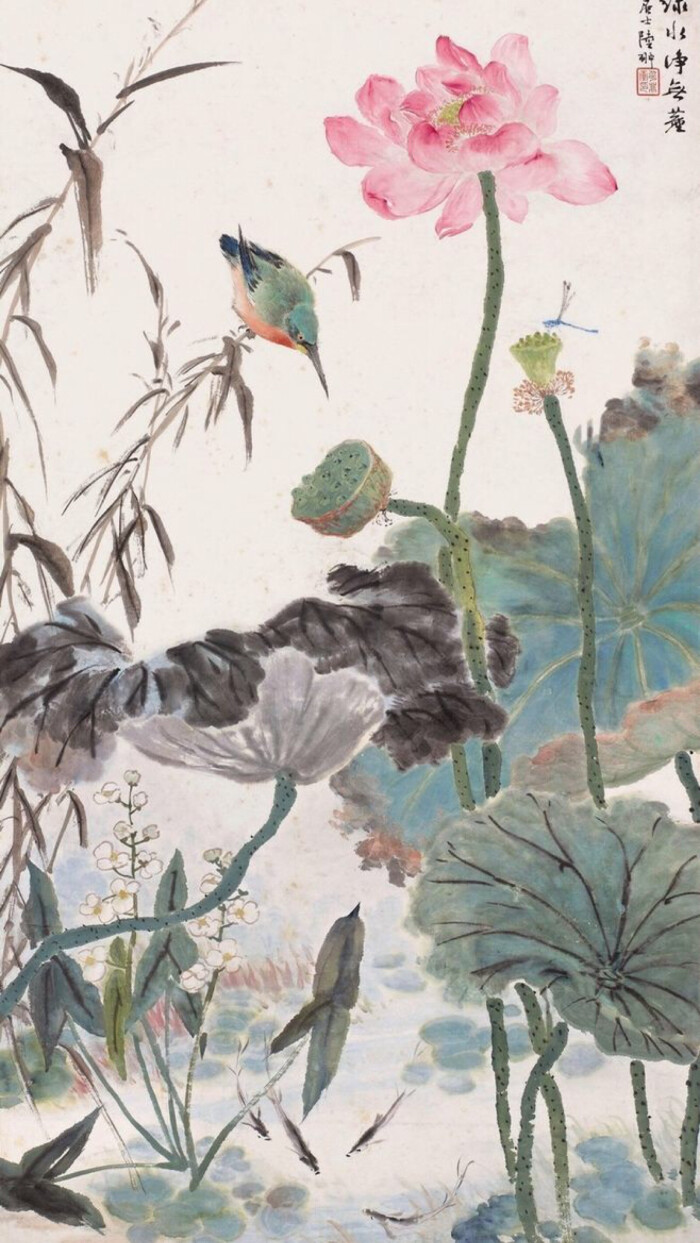
永丰柳，无人尽日飞花雪。